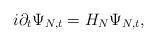
LaTeX: \begin{align*} i \partial_t \Psi_{N,t} = H_N \Psi_{N,t}, \end{align*}